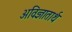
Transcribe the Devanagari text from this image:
अविज्ञातार्थ